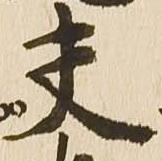
夫